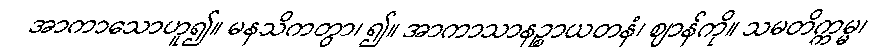
အာကာသောဟူ၍။ မနသိကတွာ၊ ၍။ အာကာသာနဉ္စာယတနံ၊ ဈာန်ကို။ သမတိက္ကမ္မ၊